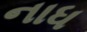
નાધ